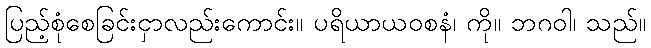
ပြည့်စုံစေခြင်းငှာလည်းကောင်း။ ပရိယာယဝစနံ၊ ကို။ ဘဂဝါ၊ သည်။